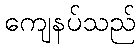
ကျေနပ်သည်